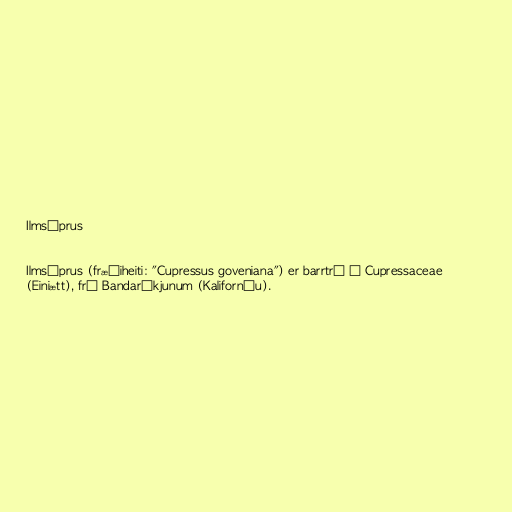
Ilmsýprus

Ilmsýprus (fræðiheiti: "Cupressus goveniana") er barrtré í Cupressaceae
(Einiætt), frá Bandaríkjunum (Kaliforníu).